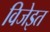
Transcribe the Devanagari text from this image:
विजेइत